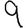
Digit: 9